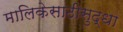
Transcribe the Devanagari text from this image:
मालिकेसाठीसुद्धा